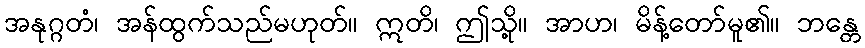
အနုဂ္ဂတံ၊ အန်ထွက်သည်မဟုတ်။ ဣတိ၊ ဤသို့။ အာဟ၊ မိန့်တော်မူ၏။ ဘန္တေ